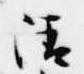
清